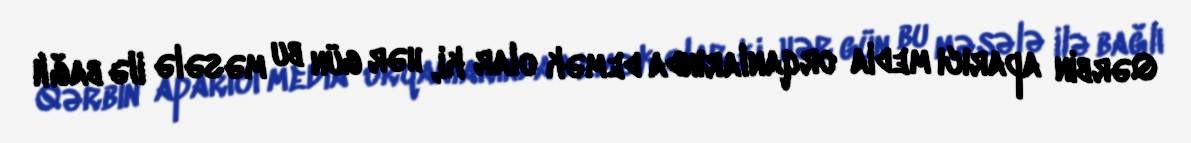
Qərbin aparıcı media orqanlarında demək olar ki, hər gün bu məsələ ilə bağlı